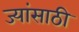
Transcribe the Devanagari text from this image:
ज्यांसाठी